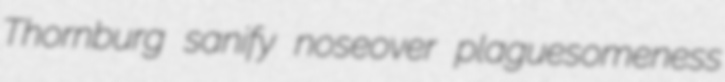
Thornburg sanify noseover plaguesomeness